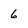
Character: 6